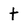
Character: t